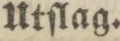
Utſlag.